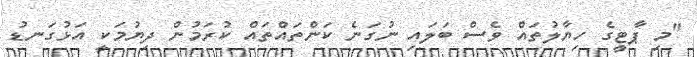
"މި ޕާޓީގެ ހިޔާލުތައް ވެސް ބަލައި ނުގަނެ ކަންތައްތައް ކުރަމުން ދިޔުމަކީ އަޅުގަނޑު